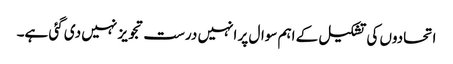
اتحادوں کی تشکیل کے اہم سوال پر انہیں درست تجویز نہیں دی گئی ہے۔